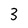
Character: 3